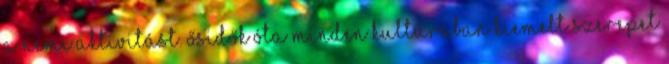
a nemi aktivitást. Ősidők óta minden kultúrában kiemelt szerepet